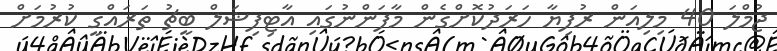
ޖުމްލަ 40 މިލިއަން ރުފިޔާ ހަރަދުކޮށްގެން މާފަންނުގައި އާޓިފިޝަލް ބީޗު ތަރައްގީ ކުރުމަށް